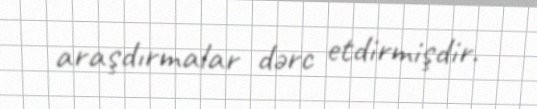
araşdırmalar dərc etdirmişdir.